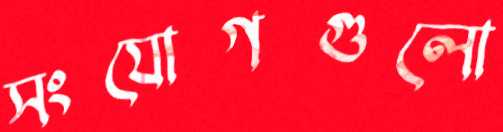
সংযোগগুলো